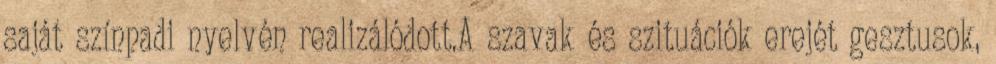
saját színpadi nyelvén realizálódott.A szavak és szituációk erejét gesztusok,